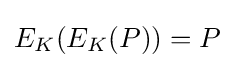
E_{K}(E_{K}(P))=P